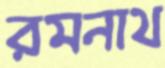
রমনাথ